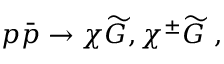
p \bar { p } \to \chi \widetilde G , \chi ^ { \pm } \widetilde G \ ,